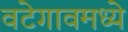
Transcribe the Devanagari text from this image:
वटेगावमध्ये